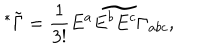
^ * \tilde { \Gamma } = { \frac { 1 } { 3 ! } } \widetilde { E ^ { a } E ^ { b } E ^ { c } \Gamma _ { a b c } } ,